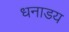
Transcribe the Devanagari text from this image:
धनाडय